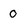
Character: 0